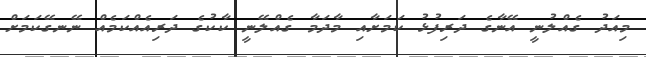
މިއަދު ގެއްލުނީ އޭނާގެ ދަރިފުޅު ކަމަށާއި މާދަމާ ގެއްލޭނީ ކާކުގެ ދަރިއެއްކަމެއް ނޭނގޭކަމަށް